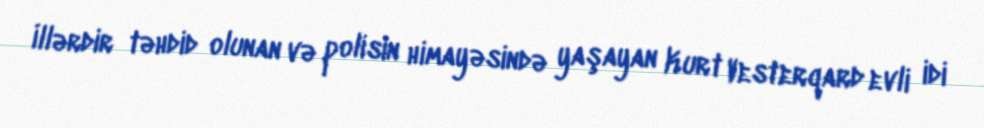
İllərdir təhdid olunan və polisin himayəsində yaşayan Kurt Vesterqard evli idi